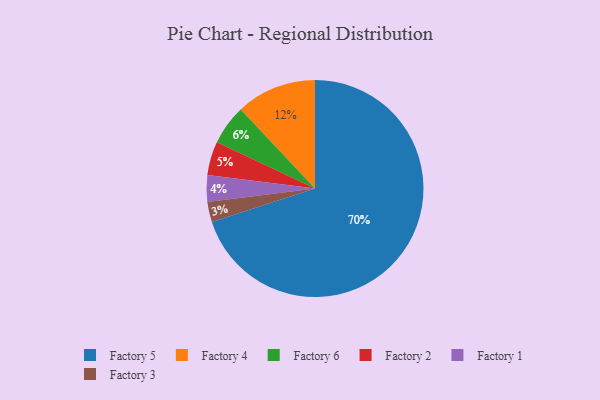
{"axis": {"x": "Category", "y": "Percentage"}, "legend": ["Factory 1", "Factory 2", "Factory 3", "Factory 4", "Factory 5", "Factory 6"], "data": [{"x": "Factory 1", "y": 4, "type": "Factory 1"}, {"x": "Factory 5", "y": 70, "type": "Factory 5"}, {"x": "Factory 2", "y": 5, "type": "Factory 2"}, {"x": "Factory 4", "y": 12, "type": "Factory 4"}, {"x": "Factory 6", "y": 6, "type": "Factory 6"}, {"x": "Factory 3", "y": 3, "type": "Factory 3"}]}